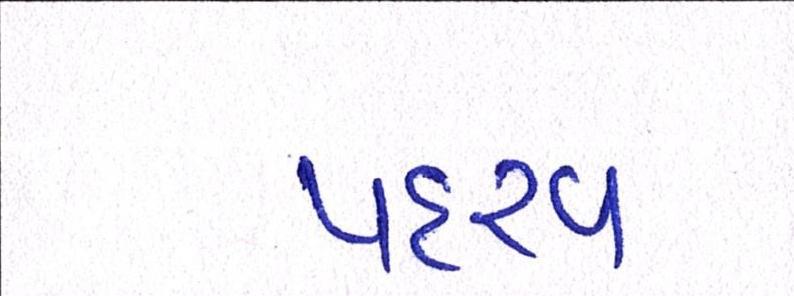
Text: પદરવ